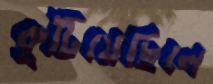
কুটিয়েছিলে